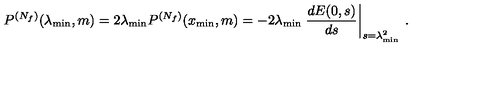
P ^ { ( N _ { f } ) } ( \lambda _ { \mathrm { m i n } } , m ) = 2 \lambda _ { \mathrm { m i n } } P ^ { ( N _ { f } ) } ( x _ { \mathrm { m i n } } , m ) = - 2 \lambda _ { \mathrm { m i n } } \left. \frac { d E ( 0 , s ) } { d s } \right| _ { s = \lambda _ { \mathrm { m i n } } ^ { 2 } } \: .